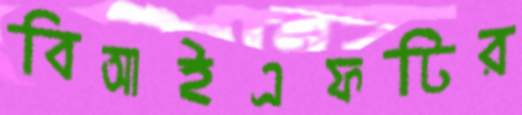
বিআইএফটির